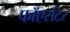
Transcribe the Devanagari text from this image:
फाॅएर्सटर